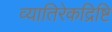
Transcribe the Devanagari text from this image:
व्यातिरेकद्रिष्टि